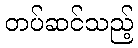
တပ်ဆင်သည့်